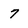
Character: 7